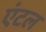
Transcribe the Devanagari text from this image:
एंटल